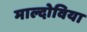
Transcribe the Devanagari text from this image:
माल्दोविया